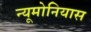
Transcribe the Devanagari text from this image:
न्यूमोनियास